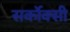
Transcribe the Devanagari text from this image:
सर्कोक्सी